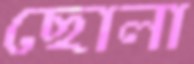
ছোলা